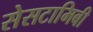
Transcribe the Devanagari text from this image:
सेसटामिबी